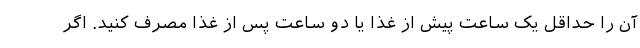
آن را حداقل یک ساعت پیش از غذا یا دو ساعت پس از غذا مصرف کنید. اگر